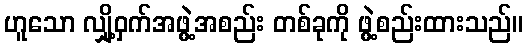
ဟူသော လျှို့ဝှက်အဖွဲ့အစည်း တစ်ခုကို ဖွဲ့စည်းထားသည်။